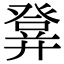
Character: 𤼷